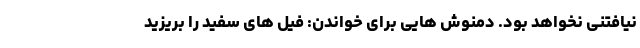
نیافتنی نخواهد بود. دمنوش هایی برای خواندن: فیل های سفید را بریزید